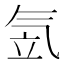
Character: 𣱠